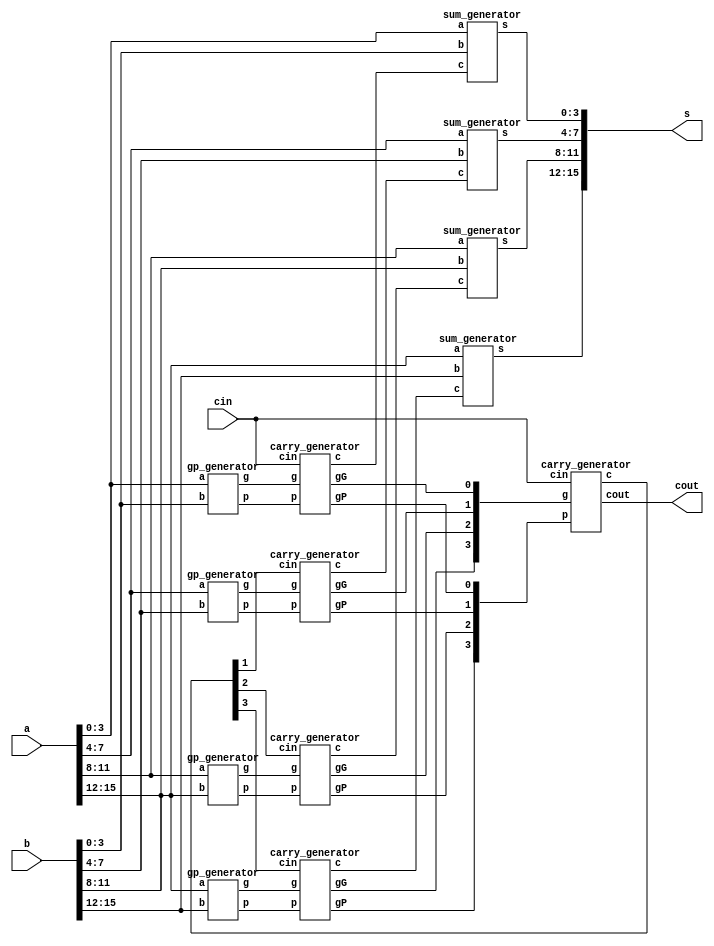

module cla_16bit( a , b , cin , s , cout);

	input [15:0] a, b;
	input cin;
	output [15:0] s;
	output cout;
	
	wire [15:0] g;
	wire [15:0] p;
	wire [15:0] c;
	wire [3:0] gG ,gP;
	wire [3:0] c_4_8_12;
	//write your design below
	gp_generator gp1(.a(a[3:0]), .b(b[3:0]), .p(p[3:0]), .g(g[3:0]));
	gp_generator gp2(.a(a[7:4]), .b(b[7:4]), .p(p[7:4]), .g(g[7:4]));
	gp_generator gp3(.a(a[11:8]), .b(b[11:8]), .p(p[11:8]), .g(g[11:8]));
	gp_generator gp4(.a(a[15:12]), .b(b[15:12]), .p(p[15:12]), .g(g[15:12]));
	
	carry_generator carry_gen_1(.p(p[3:0]), .g(g[3:0]), .cin(cin), .c(c[3:0]), .gG(gG[0]), .gP(gP[0]));
	carry_generator carry_gen_2(.p(p[7:4]), .g(g[7:4]), .cin(c_4_8_12[1]), .c(c[7:4]), .gG(gG[1]), .gP(gP[1]));
	carry_generator carry_gen_3(.p(p[11:8]), .g(g[11:8]), .cin(c_4_8_12[2]), .c(c[11:8]), .gG(gG[2]), .gP(gP[2]));
	carry_generator carry_gen_4(.p(p[15:12]), .g(g[15:12]), .cin(c_4_8_12[3]), .c(c[15:12]), .gG(gG[3]), .gP(gP[3]));

	carry_generator carry_gen_5(.p(gP), .g(gG), .cin(cin), .c(c_4_8_12), .cout(cout));

	sum_generator sum_3_0(.a(a[3:0]), .b(b[3:0]), .c(c[3:0]), .s(s[3:0]));
	sum_generator sum_7_4(.a(a[7:4]), .b(b[7:4]), .c(c[7:4]), .s(s[7:4]));
	sum_generator sum_11_8(.a(a[11:8]), .b(b[11:8]), .c(c[11:8]), .s(s[11:8]));
	sum_generator sum_15_12(.a(a[15:12]), .b(b[15:12]), .c(c[15:12]), .s(s[15:12]));

endmodule


//pg
module gp_generator(a, b, p, g );
     input [3:0] a,b;
	 output [3:0] p,g;
	 
	 assign g[0] = a[0] & b[0];
	 assign p[0] = a[0] | b[0];

	 assign g[1] = a[1] & b[1]; 
	 assign p[1] = a[1] | b[1];

	 assign g[2] = a[2] & b[2];	 
	 assign p[2] = a[2] | b[2];

	 assign g[3] = a[3] & b[3];	 
	 assign p[3] = a[3] | b[3];
	 
endmodule

//carry in  GP
module carry_generator( p , g , cin , c ,gG ,gP ,cout);

	input [3:0] p, g;
	input cin;
	output [3:0] c;
	output gG, gP;
	output cout;
	
	assign gG = g[3] | (p[3] & g[2]) | (p[3] & p[2] & g[1]) | (p[3] & p[2] & p[1] & g[0]);//G[3:0]
	assign gP = p[3] & p[2] & p[1] & p[0];//P[3:0]
	
	assign c[0] = cin;
	assign c[1] = g[0] | (p[0] & cin);
	assign c[2] = g[1] | (p[1] & g[0]) | (p[1] & p[0] & cin);
	assign c[3] = g[2] | (p[2] & g[1]) | (p[2] & p[1] & g[0]) | (p[2] & p[1] & p[0] & cin);
	assign cout = g[3] | (p[3] & g[2]) | (p[3] & p[2] & g[1]) | (p[3] & p[2] & p[1] & g[0]) | (p[3] & p[2] & p[1] & p[0] & cin);
				
endmodule

//
module sum_generator(a, b, c, s );

     input [3:0] a,b,c;
	 output [3:0] s;

	 assign s[0] = a[0] ^ b[0] ^ c[0];
	 assign s[1] = a[1] ^ b[1] ^ c[1];
	 assign s[2] = a[2] ^ b[2] ^ c[2];
	 assign s[3] = a[3] ^ b[3] ^ c[3];
	 
endmodule